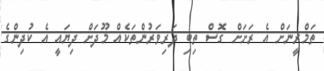
ތަމްރީނަށް އެ ރަށަށް ގޮސް ތިބި ދަރިވަރުންތަކެއް މޫދަށް ދިޔައީ އެ ކުދިންގެ